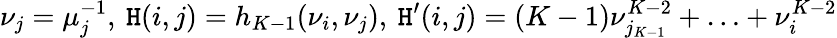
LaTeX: \nu_{j}=\mu_{j}^{-1},\: \mathtt{H}(i,j)=h_{K-1}(\nu_{i},\nu_{j}),\: \mathtt{H}^{\prime}(i,j)=(K-1)\nu_{j_{K-1}}^{K-2}+\ldots+\nu_{i}^{K-2}